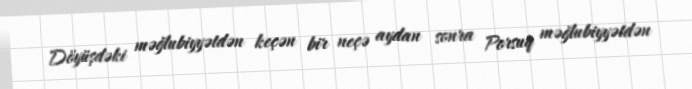
Döyüşdəki məğlubiyyətdən keçən bir neçə aydan sonra Porsuq məğlubiyyətdən